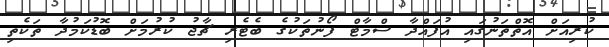
ކުރިއަށް އޮތްތަނުގައި އުފައްދާ ސްމާޓް ފޯނުތަކުގެ ބެޓެރި ޗާޖު ކުރުމަށް ބޮޑުކަމުދާ ތަކެތި